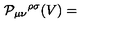
{ \cal P } _ { \mu \nu } { } ^ { \rho \sigma } ( V ) =